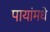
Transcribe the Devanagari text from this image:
पायांमधे